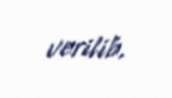
verilib.